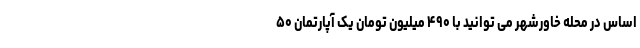
اساس در محله خاورشهر می توانید با ۴۹۰ میلیون تومان یک آپارتمان ۵۰